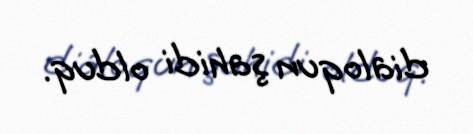
dialoqun şahidi olduq.